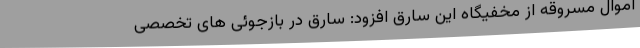
اموال مسروقه از مخفیگاه این سارق افزود: سارق در بازجوئی های تخصصی